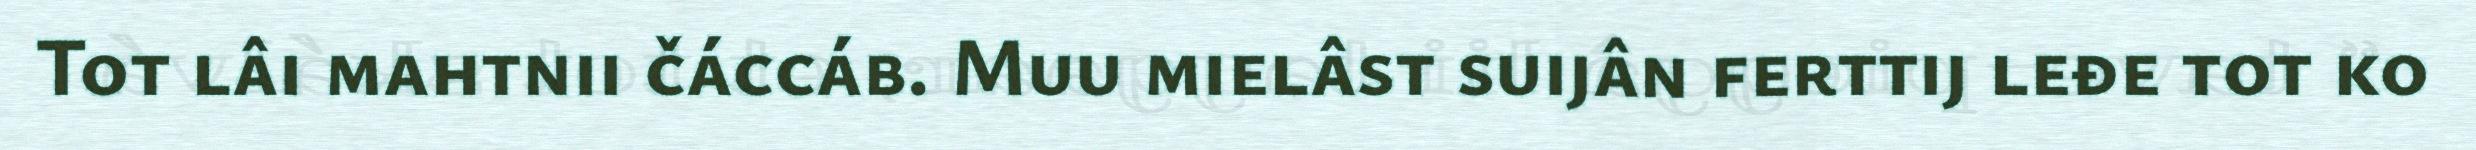
Tot lâi mahtnii čáccáb. Muu mielâst suijân ferttij leđe tot ko